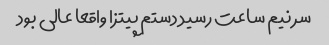
سر نیم ساعت رسید دستم پیتزا واقعا عالی بود